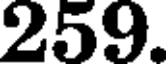
259.